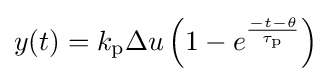
y(t)=k_{\text{p}}\Delta u\left(1-e^{\frac {-t-\theta }{\tau _{\text{p}}}}\right)